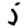
Digit: 5